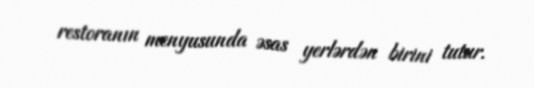
restoranın menyusunda əsas yerlərdən birini tutur.